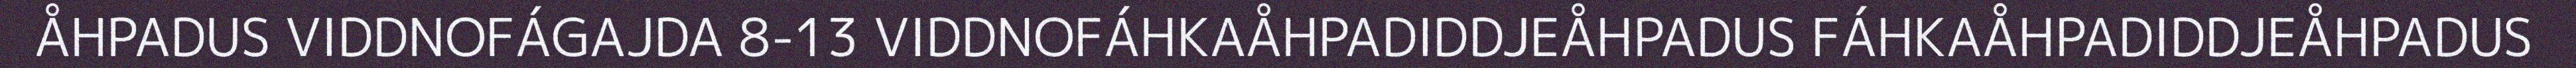
ÅHPADUS VIDDNOFÁGAJDA 8-13 VIDDNOFÁHKAÅHPADIDDJEÅHPADUS FÁHKAÅHPADIDDJEÅHPADUS